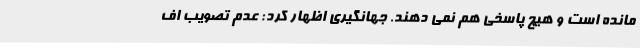
مانده است و هیچ پاسخی هم نمی دهند. جهانگیری اظهار کرد: عدم تصویب اف